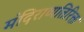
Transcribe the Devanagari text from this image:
मंदिराव्यतिरिक्त